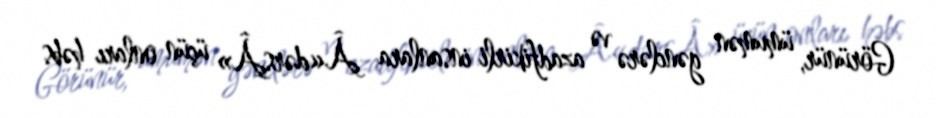
Görünür, ümumən gənclərə və azadfikirli insanlara Â«dərsÂ» üçün onları həbs